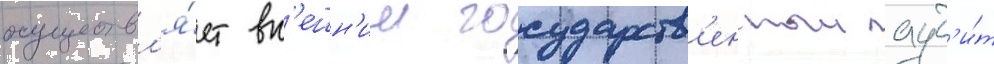
осуществл'я́ет вн'ешн'ии государств'енныи ауд'и́т